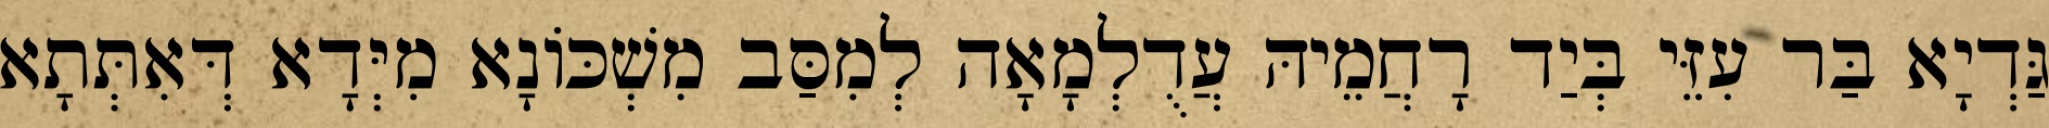
גַּדְיָא בַּר עִזֵּי בְּיַד רָחֲמֵיהּ עֲדֻלְמָאָה לְמִסַּב מִשְׁכּוֹנָא מִיְּדָא דְּאִתְּתָא